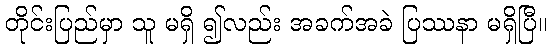
တိုင်းပြည်မှာ သူ မရှိ ၍လည်း အခက်အခဲ ပြဿနာ မရှိပြီ။